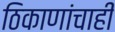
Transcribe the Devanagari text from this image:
ठिकाणांचाही